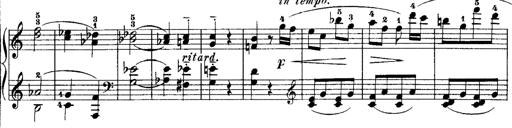
Title: Rondos and Sonatinas for Pianoforte
Composer: Daniel Steibelt